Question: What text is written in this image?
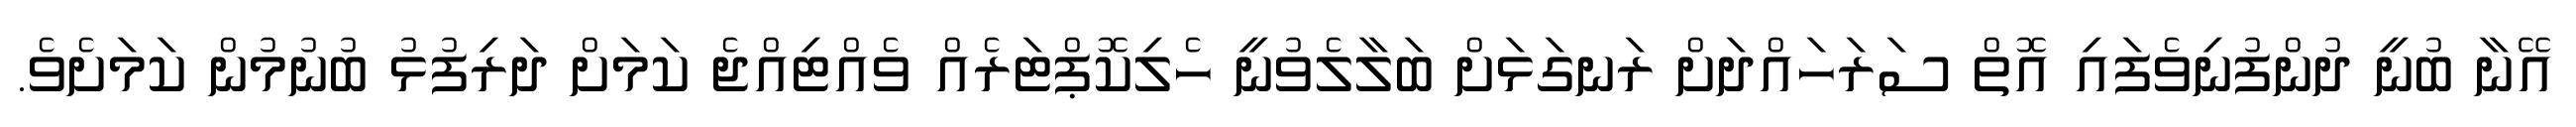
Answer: އޭނާ ބުނީ ދުންފުނިވެފައި އޮތް ސަރަހައްދަށް ރަނގަޅަށް ބަލާލެވުނީ ހެލިކޮޕްޓަރެއް ވެއްޓިއްޖެ ކަމަށް ދަރިފުޅު ބުނުމުން ކަމަށެވެ.